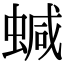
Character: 𧍧